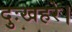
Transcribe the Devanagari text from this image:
दुःखहरे।